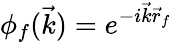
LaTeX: \phi_{f}(\vec{k})=e^{-i\vec{k}\vec{r}_{f}}